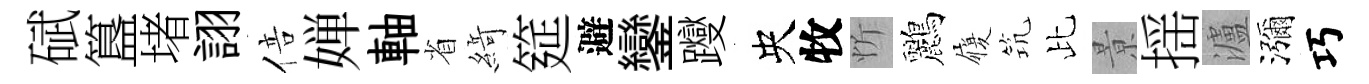
碔簋堵詡倍婵軸省𦂶筵避鑾躞央牧忻鸝履𥬑比㬌揺瀘瀰巧